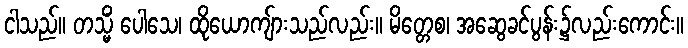
ငါသည်။ တသ္မိံ ပေါသေ၊ ထိုယောကျ်ားသည်လည်း။ မိတ္တေစ၊ အဆွေခင်ပွန်း၌လည်းကောင်း။